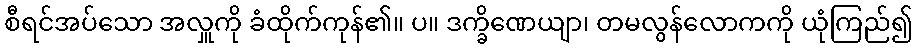
စီရင်အပ်သော အလှူကို ခံထိုက်ကုန်၏။ ပ။ ဒက္ခိဏေယျာ၊ တမလွန်လောကကို ယုံကြည်၍